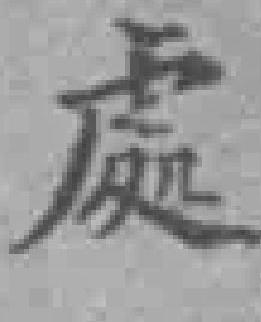
處